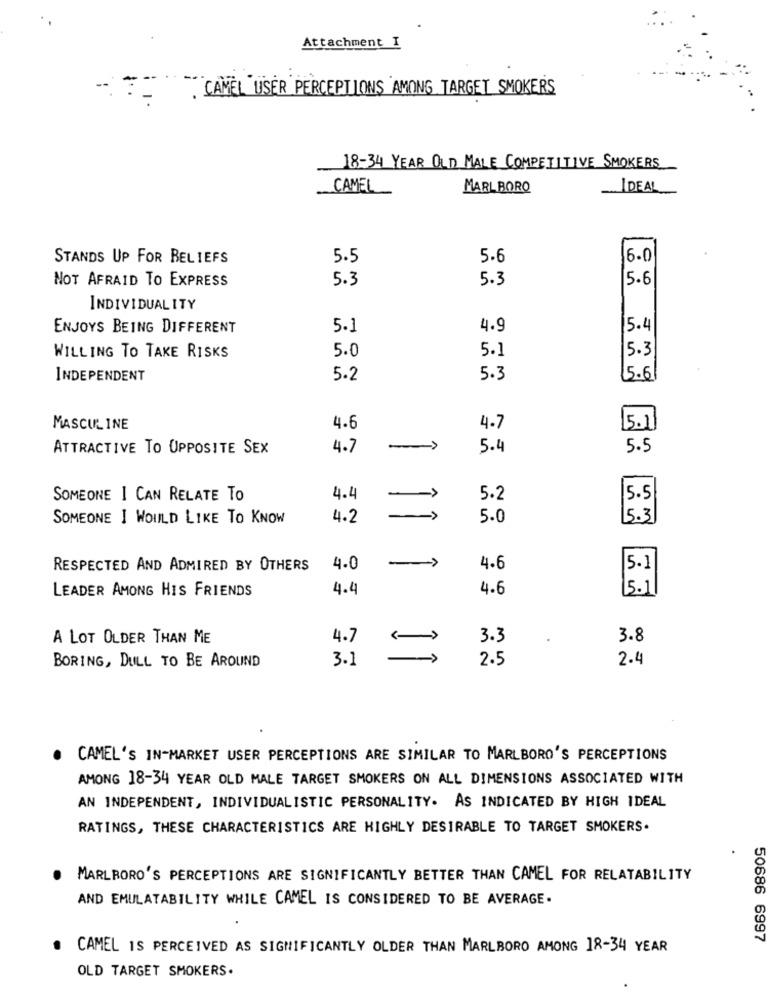
Attachment I
. CAMEL USER PERCEPTIONS AMONG TARGET SMOKERS
18-34 YEAR OLD MALE COMPETITIVE SMOKERS
CAMEL
MARLBORO
IDEAL
STANDS UP FOR BELIEFS
5.5
5.6
6-0
NOT AFRAID TO EXPRESS
5.3
5.3
5.6
INDIVIDUALITY
ENJOYS BEING DIFFERENT
5.1
4.9
15.1
5.0
5.3
WILLING TO TAKE RISKS
5.1
INDEPENDENT
5.2
5.3
15.6
MASCULINE
4.6
4.7
5.11
ATTRACTIVE TO OPPOSITE SEX
4.7
5.4
5.5
SOMEONE I CAN RELATE TO
4.4
5.2
5.5
->
SOMEONE I WOULD LIKE TO KNOW
4.2
5.0
5.3
RESPECTED AND ADMIRED BY OTHERS
4.0
->
4.6
5.1
LEADER AMONG HIS FRIENDS
4.4
4.6
5.1
A LOT OLDER THAN ME
4.7
3.3
.
3.8
BORING, DULL TO BE AROUND
3.1
2.5
2.4
CAMEL'S IN-MARKET USER PERCEPTIONS ARE SIMILAR TO MARLBORO'S PERCEPTIONS
AMONG 18-34 YEAR OLD MALE TARGET SMOKERS ON ALL DIMENSIONS ASSOCIATED WITH
AN INDEPENDENT, INDIVIDUALISTIC PERSONALITY. AS INDICATED BY HIGH IDEAL
RATINGS, THESE CHARACTERISTICS ARE HIGHLY DESIRABLE TO TARGET SMOKERS.
MARLBORO'S PERCEPTIONS ARE SIGNIFICANTLY BETTER THAN CAMEL FOR RELATABILITY
AND EMULATABILITY WHILE CAMEL IS CONSIDERED TO BE AVERAGE.
50686 6997
CAMEL IS PERCEIVED AS SIGNIFICANTLY OLDER THAN MARLBORO AMONG 18-34 YEAR
OLD TARGET SMOKERS.